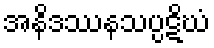
အနိဒဿနသပ္ပဋိဃံ